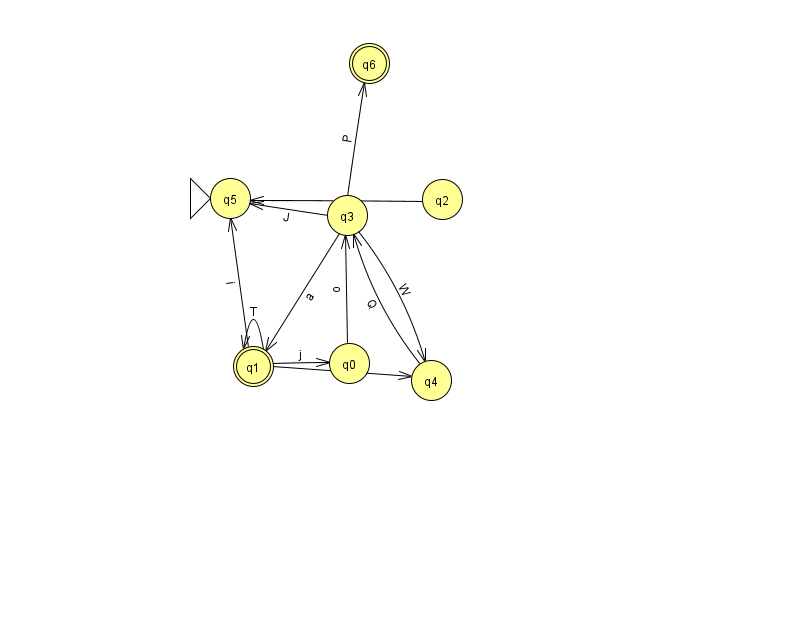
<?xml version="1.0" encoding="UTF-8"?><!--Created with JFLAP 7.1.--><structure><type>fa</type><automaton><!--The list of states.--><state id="0" name="q0"><x>349.0</x><y>350.0</y></state><state id="1" name="q1"><x>253.0</x><y>353.0</y><final/></state><state id="2" name="q2"><x>442.0</x><y>186.0</y></state><state id="3" name="q3"><x>347.0</x><y>202.0</y></state><state id="4" name="q4"><x>431.0</x><y>367.0</y></state><state id="5" name="q5"><x>230.0</x><y>185.0</y><initial/></state><state id="6" name="q6"><x>369.0</x><y>50.0</y><final/></state><!--The list of transitions.--><transition><from>2</from><to>5</to><read>y</read></transition><transition><from>3</from><to>1</to><read>a</read></transition><transition><from>3</from><to>4</to><read>W</read></transition><transition><from>1</from><to>1</to><read>T</read></transition><transition><from>4</from><to>3</to><read>Q</read></transition><transition><from>1</from><to>0</to><read>j</read></transition><transition><from>3</from><to>6</to><read>P</read></transition><transition><from>1</from><to>4</to><read>l</read></transition><transition><from>1</from><to>5</to><read>i</read></transition><transition><from>0</from><to>3</to><read>o</read></transition><transition><from>3</from><to>5</to><read>J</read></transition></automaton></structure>